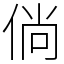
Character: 倘